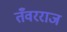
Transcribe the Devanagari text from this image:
तँवरराज